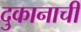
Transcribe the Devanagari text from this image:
दुकानाची